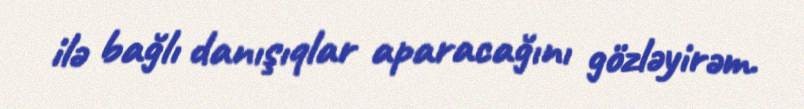
ilə bağlı danışıqlar aparacağını gözləyirəm.